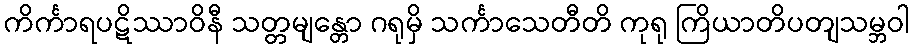
ကိင်္ကာရပဋိဿာဝိနီ သတ္တမျန္တော ဂရုမှိ သင်္ကာသေတီတိ ကုရု ကြိယာတိပတျသမ္ဘဝါ